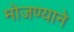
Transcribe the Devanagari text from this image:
मोजण्याने